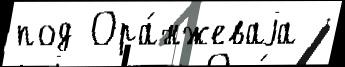
под Ора́нжеваjа